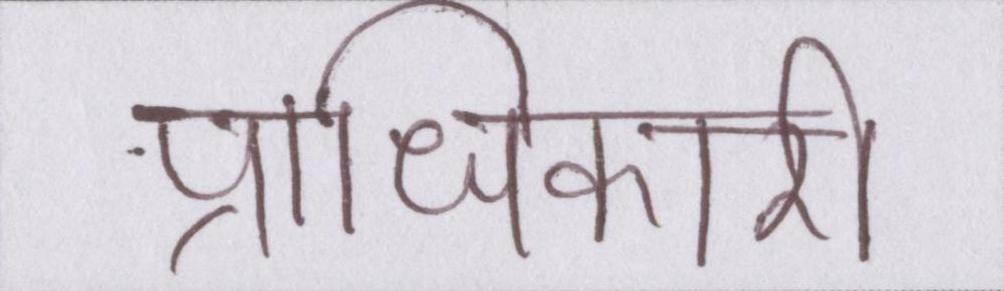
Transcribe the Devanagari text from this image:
प्राधिकारी